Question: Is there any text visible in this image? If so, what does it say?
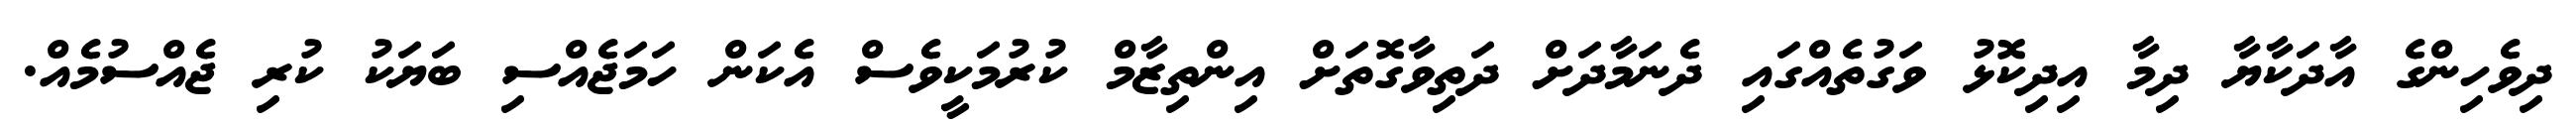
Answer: ދިވެހިންގެ އާދަކާޔާ ދިމާ އިދިކޮޅު ވަގުތެއްގައި ދެނަމާދަށް ދަތިވާގޮތަށް އިންތިޒާމް ކުރުމަކީވެސް އެކަން ހަމަޖެއްސި ބަޔަކު ކުރި ޖެއްސުމެއް.